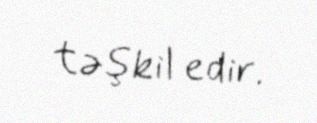
təşkil edir.